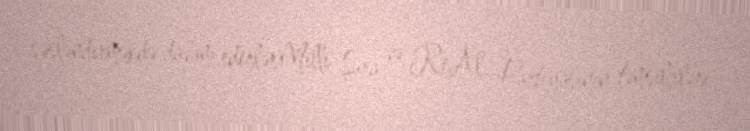
səsləndirməkdə davam edirlərMilli Şura və ReAl Partiyasının təmsilçiləri